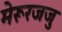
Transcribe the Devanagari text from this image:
मेरूरजजु